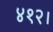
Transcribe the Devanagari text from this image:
४१२।